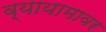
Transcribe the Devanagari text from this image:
व्यायामावर